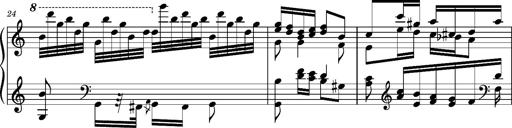
Title: Ungarischer Romanzero
Composer: Franz Liszt